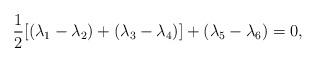
LaTeX: \begin{align*}\frac{1}{2}[(\lambda _{1}-\lambda _{2})+(\lambda _{3}-\lambda_{4})]+(\lambda _{5}-\lambda _{6})=0,\end{align*}